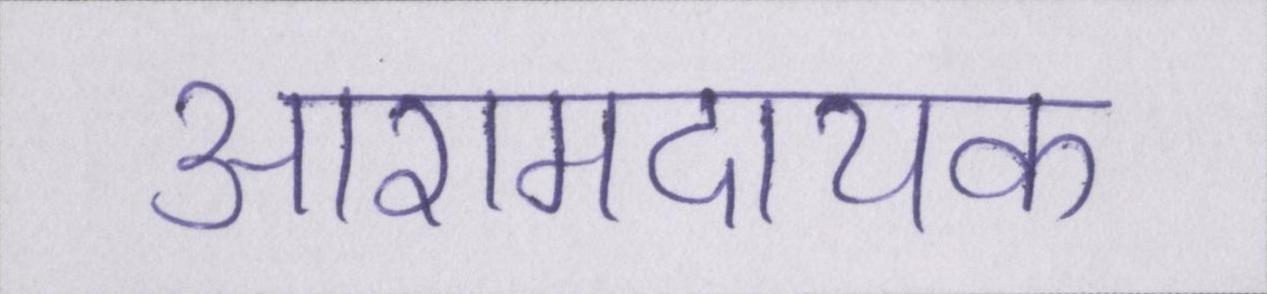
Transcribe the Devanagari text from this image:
आरामदायक